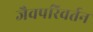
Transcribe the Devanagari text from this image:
जैवपरिवर्तन